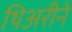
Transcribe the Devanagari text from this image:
थिअरीने